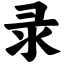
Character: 录